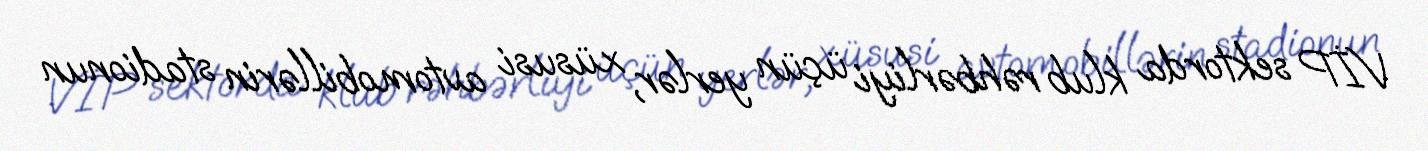
VİP sektorda klub rəhbərliyi üçün yerlər, xüsusi avtomobillərin stadionun